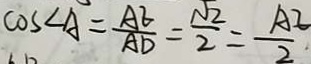
\cos \angle A = \frac { A E } { A D } = \frac { \sqrt { 2 } } { 2 } = \frac { A E } { 2 } \cdot